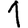
Digit: 1